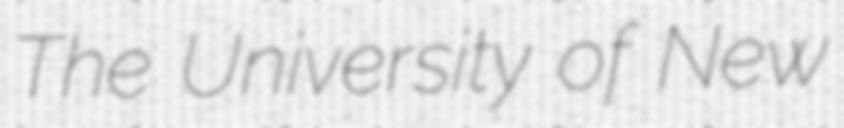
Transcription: The University of New